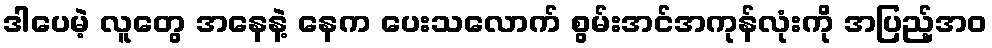
ဒါပေမဲ့ လူတွေ အနေနဲ့ နေက ပေးသလောက် စွမ်းအင်အကုန်လုံးကို အပြည့်အဝ